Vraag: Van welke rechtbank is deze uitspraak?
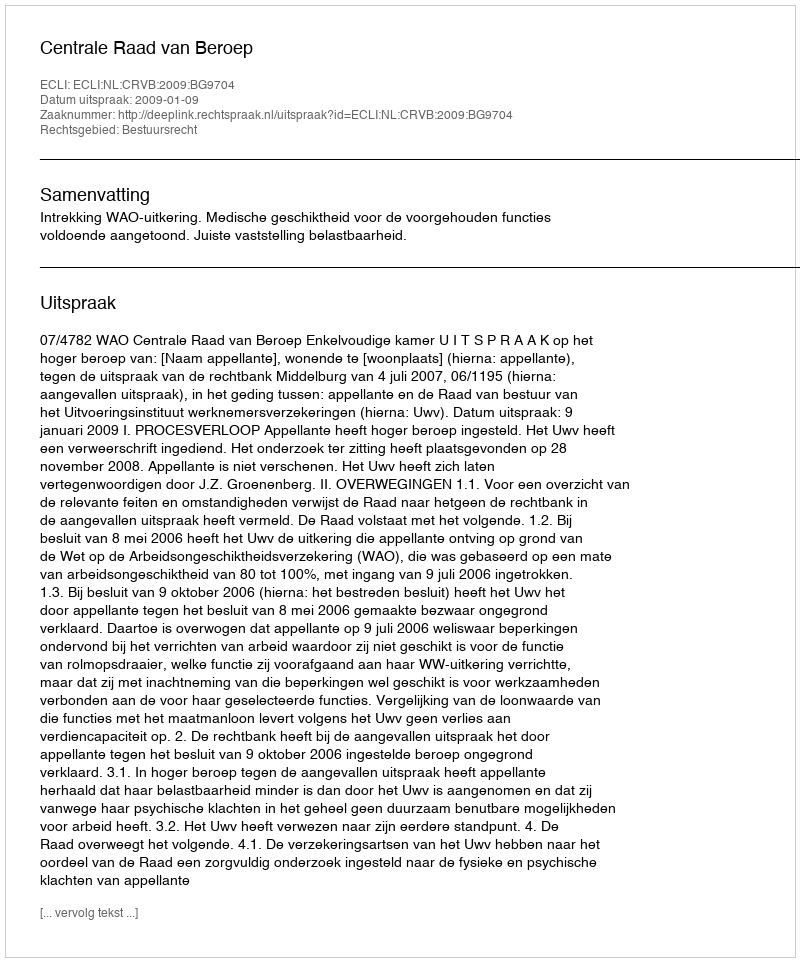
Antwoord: Centrale Raad van Beroep